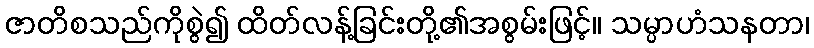
ဇာတိစသည်ကိုစွဲ၍ ထိတ်လန့်ခြင်းတို့၏အစွမ်းဖြင့်။ သမ္ပာဟံသနတာ၊